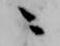
ニ